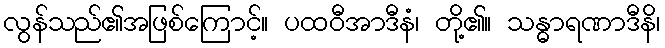
လွန်သည်၏အဖြစ်ကြောင့်။ ပထဝီအာဒီနံ၊ တို့၏။ သန္ဓာရဏာဒီနိ၊